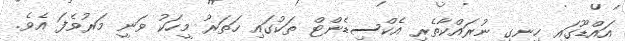
އައްޑޫގައި ހިނގި ނުރައްކާތެރި އެކްސިޑެންޓް ތަކުގައި ހަތަރު މީހަކު ވަނީ މަރުވެފަ އެވެ.